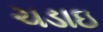
ચડાઇ